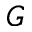
G